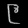
Digit: ၉